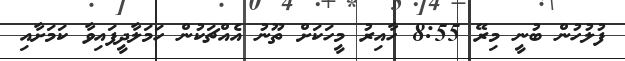
ފުލުހުން ބުނީ މިރޭ 8:55 ހާއިރު މީހަކަށް ތޫނު އެއްޗަކުން ހަމަލާދީފައިވާ ކަމަށާއި